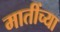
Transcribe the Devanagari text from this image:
मातींच्या